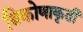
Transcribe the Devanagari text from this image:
त्रिकोणाकृती